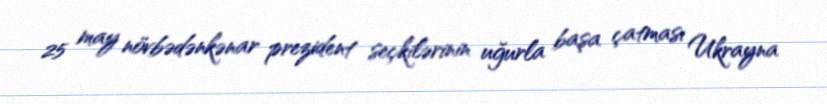
25 may növbədənkənar prezident seçkilərinin uğurla başa çatması Ukrayna